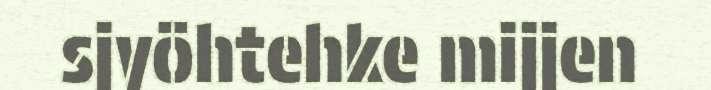
sjyöhtehke mijjen